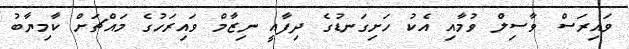
ވައިރަސް ވާސިލް ވުމާއި އެކު ހަށިގަނޑުގެ ދިފާއީ ނިޒާމް ވައިރަހުގެ މައްޗަށް ކާމިޔާބު